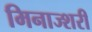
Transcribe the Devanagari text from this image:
मिनाज्शरी